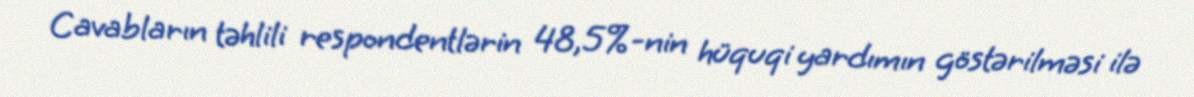
Cavabların təhlili respondentlərin 48,5%-nin hüquqi yardımın göstərilməsi ilə